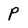
Character: p